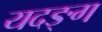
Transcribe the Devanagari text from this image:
यदङ्ग